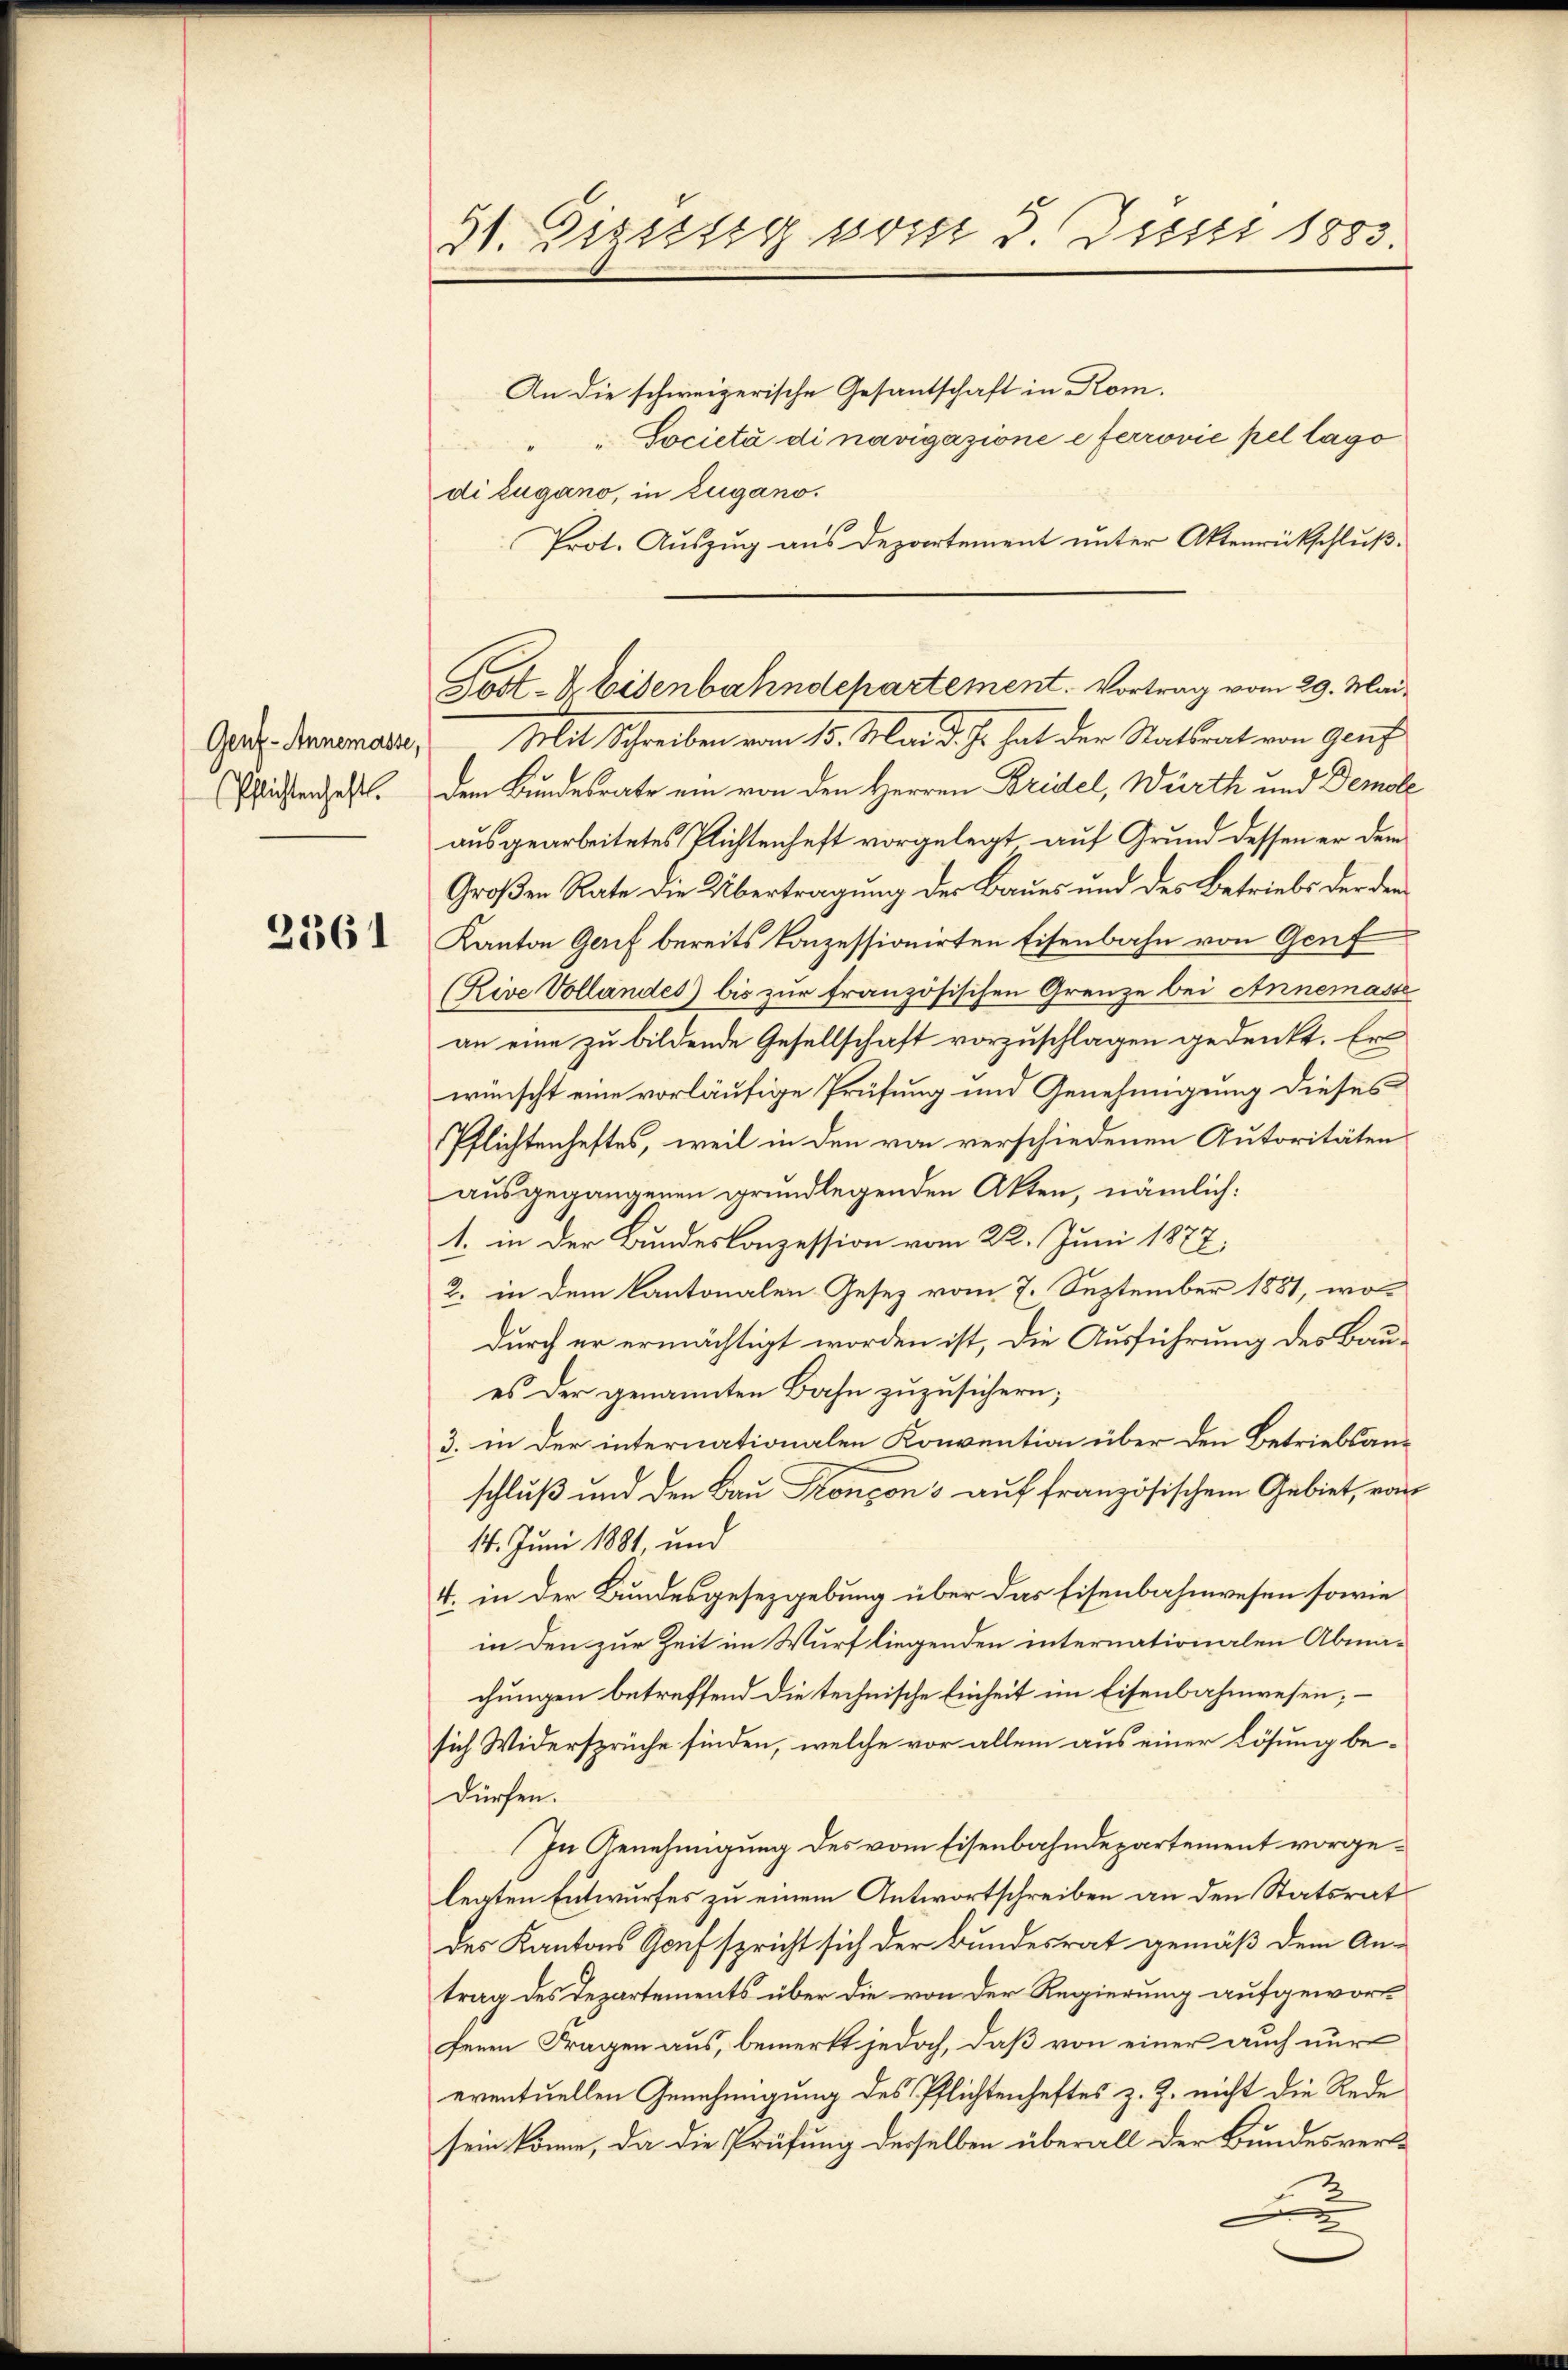
Genz-Annemasse,
Pflichtenhaft.

2361

31. Diesssig vom 3. Justi 1883.

An die schweizerische Gesantschaft in Rom.
"Società di navigazione e ferrović pel lago
di Lugano, in Zugano.
Prot. Auszug aus Departement unter Aktenrückschluß¬
Mit Schreiben vom 15. Mai d. Js. hat der Statsrat von Genf
dem Bundesrate ein von den Herren Bridel, Würth und Demole
ausgearbeitetes Plichtenheft vorgelegt auf Grund dessen er dem
Großen Rate die Übertragung der Baues und des Betriebs der den
Kanton Gerif bereits konzessionirten Eisenbahn von Genf
(Rive Vollandes) bis zur französischen Grenze bei Annemasse
an eine zu bildende Gesellschaft vorzuschlagen gedenkt. Er
wünscht eine vorläufige Prüfung und Genehmigung dieses
Pflichtenhaftes, weil in den von verschiedenen Autoritäten
ausgegangenen grundlegenden Akten, nämlich:
1. in der Bundeskonzession vom 22. Juni 1877,
2. in dem Kantonalen Gesetz vom 7. September 1881, wo-
durch er ermächtigt worden ist, die Ausführung des Baues der genannten Bahn zuzusichern;
3. in der internationalen Konvention über den Betriebsanschluß und den Bau Konsons auf französischem Gebiet, von
14. Juni 1881, und
4. in der Bundesgesezgebung über das Eisenbahnwesen sowie
in den zur Zeit im Wurf liegenden internationalen Abmachungen betreffend die technische Einheit im Eisenbahnwesen; –
sich Widersprüche finden, welche vor allem aus einer Lösung bedürfen.
In Genehmigung des vom Eisenbahndepartement vorgelegten Entwurfes zu einem Antwortschreiben an den Statsrat
des Kantons Genf spricht sich der Bundesrat gemäß dem Antrag des Departements über die von der Regierung aufgeworf
feren Fragen aus, bemerkt jedoch, daß von einer auch nur
eventuellen Genehmigung des Pflichtenhaftes z. Z. nicht die Rede
sein könne, da die Prüfung derselben überall der Bundesver¬

Gost- & Eisenbahndepartement. Vortrag vom 29. Mai,